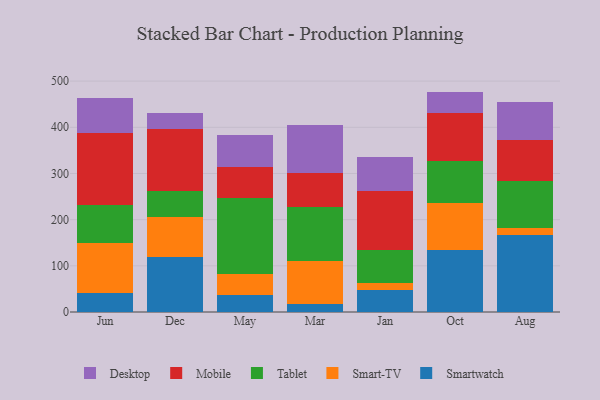
{"axis": {"x": "Month", "y": "Shipments"}, "legend": ["Desktop", "Mobile", "Smart-TV", "Smartwatch", "Tablet"], "data": [{"x": "Jun", "y": 40.8, "type": "Smartwatch"}, {"x": "Jun", "y": 108.7, "type": "Smart-TV"}, {"x": "Jun", "y": 81.8, "type": "Tablet"}, {"x": "Jun", "y": 156.1, "type": "Mobile"}, {"x": "Jun", "y": 76.3, "type": "Desktop"}, {"x": "Dec", "y": 118.8, "type": "Smartwatch"}, {"x": "Dec", "y": 87.0, "type": "Smart-TV"}, {"x": "Dec", "y": 55.8, "type": "Tablet"}, {"x": "Dec", "y": 135.3, "type": "Mobile"}, {"x": "Dec", "y": 34.5, "type": "Desktop"}, {"x": "May", "y": 37.2, "type": "Smartwatch"}, {"x": "May", "y": 46.0, "type": "Smart-TV"}, {"x": "May", "y": 163.5, "type": "Tablet"}, {"x": "May", "y": 68.0, "type": "Mobile"}, {"x": "May", "y": 69.2, "type": "Desktop"}, {"x": "Mar", "y": 16.6, "type": "Smartwatch"}, {"x": "Mar", "y": 94.7, "type": "Smart-TV"}, {"x": "Mar", "y": 115.1, "type": "Tablet"}, {"x": "Mar", "y": 75.2, "type": "Mobile"}, {"x": "Mar", "y": 103.2, "type": "Desktop"}, {"x": "Jan", "y": 47.4, "type": "Smartwatch"}, {"x": "Jan", "y": 15.7, "type": "Smart-TV"}, {"x": "Jan", "y": 70.9, "type": "Tablet"}, {"x": "Jan", "y": 127.3, "type": "Mobile"}, {"x": "Jan", "y": 73.9, "type": "Desktop"}, {"x": "Oct", "y": 134.2, "type": "Smartwatch"}, {"x": "Oct", "y": 100.9, "type": "Smart-TV"}, {"x": "Oct", "y": 92.3, "type": "Tablet"}, {"x": "Oct", "y": 104.2, "type": "Mobile"}, {"x": "Oct", "y": 45.7, "type": "Desktop"}, {"x": "Aug", "y": 167.4, "type": "Smartwatch"}, {"x": "Aug", "y": 13.8, "type": "Smart-TV"}, {"x": "Aug", "y": 101.7, "type": "Tablet"}, {"x": "Aug", "y": 88.8, "type": "Mobile"}, {"x": "Aug", "y": 83.5, "type": "Desktop"}]}